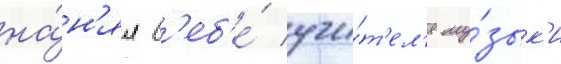
на́н'ял с'еб'е́ учи́т'ел'я му́зык'и